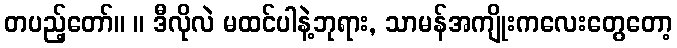
တပည့်တော်။ ။ ဒီလိုလဲ မထင်ပါနဲ့ဘုရား, သာမန်အကျိုးကလေးတွေတော့